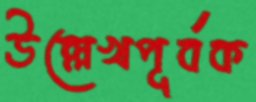
উল্লেখপূর্বক